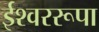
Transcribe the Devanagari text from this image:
ईश्वररूपा